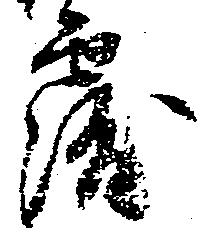
露